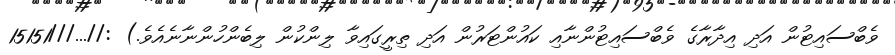
ވެބްސައިޓުން އަދި އިދާރާގެ ވެބްސައިޓުންނާއި ކައުންޓަރުން އަދި ތިރީގައިވާ ލިންކުން ލިބެންހުންނާނެއެވެ.) ://...///15151